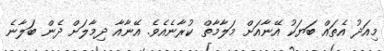
މިއަދު އެތައް ބަޔަކު އޭނާއަށް މަލާމާތް ކުރާނެއެވެ. އޭނާއާ ދިމާލަށް ދެން ބަލާނެ